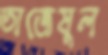
তাজেমুল